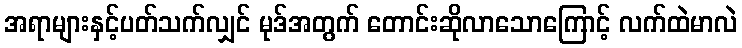
အရာများနှင့်ပတ်သက်လျှင် မုဒ်အတွက် တောင်းဆိုလာသောကြောင့် လက်ထဲမာလဲ